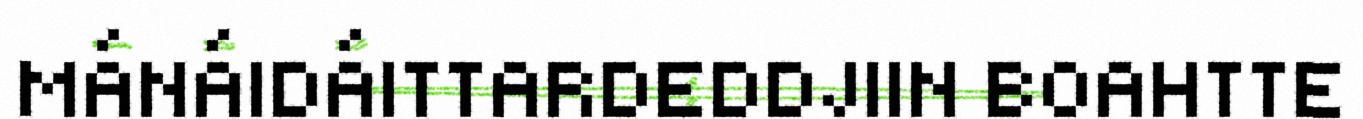
MÁNÁIDÁITTARDEDDJIIN BOAHTTE